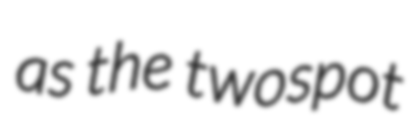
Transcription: as the twospot